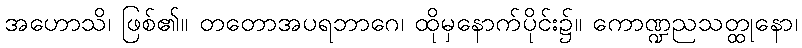
အဟောသိ၊ ဖြစ်၏။ တတောအပရဘာဂေ၊ ထိုမှနောက်ပိုင်း၌။ ကောဏ္ဍညသတ္ထုနော၊